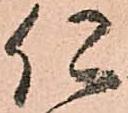
仁